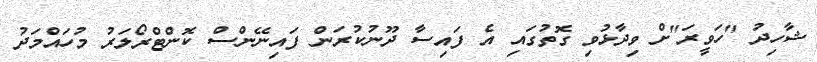
ޝާހިދު "ހަވީރަ"ށް ވިދާޅުވި ގޮތުގައި އެ ފައިސާ ދޫނުކުރަން ފައިނޭންސް ކޮންޓްރޯލަރު މުހައްމަދު